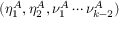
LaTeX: ( \eta _ { 1 } ^ { A } , \eta _ { 2 } ^ { A } , \nu _ { 1 } ^ { A } \cdots \nu _ { k - 2 } ^ { A } )